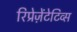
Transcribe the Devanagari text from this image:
रिप्रेज़ेंटेटिव्स